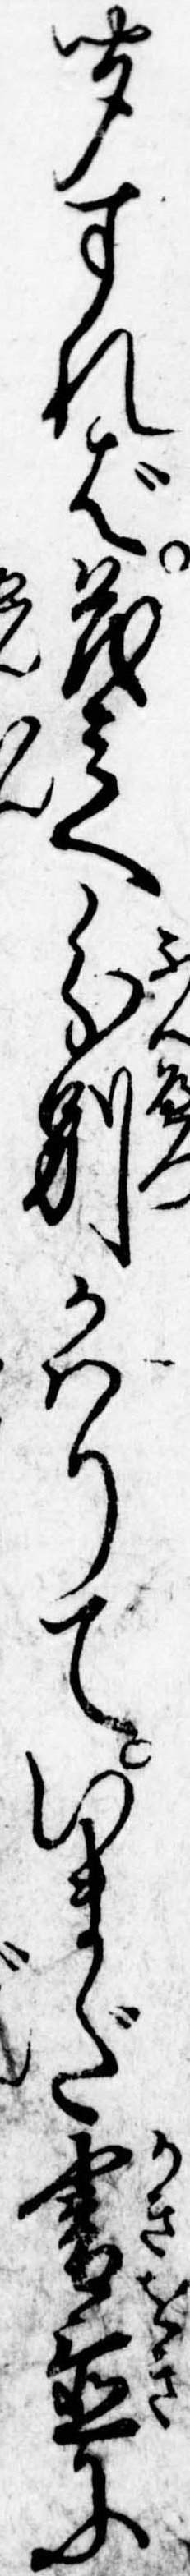
聞すれば茂兵へ分別かはりていまだ書置に